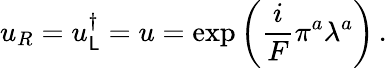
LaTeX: u_{R}=u_{\mathsf{L}}^{\dagger}=u=\exp\left(\frac{{i}}{{F}}\pi^{a}\lambda^{a}\right)\, .